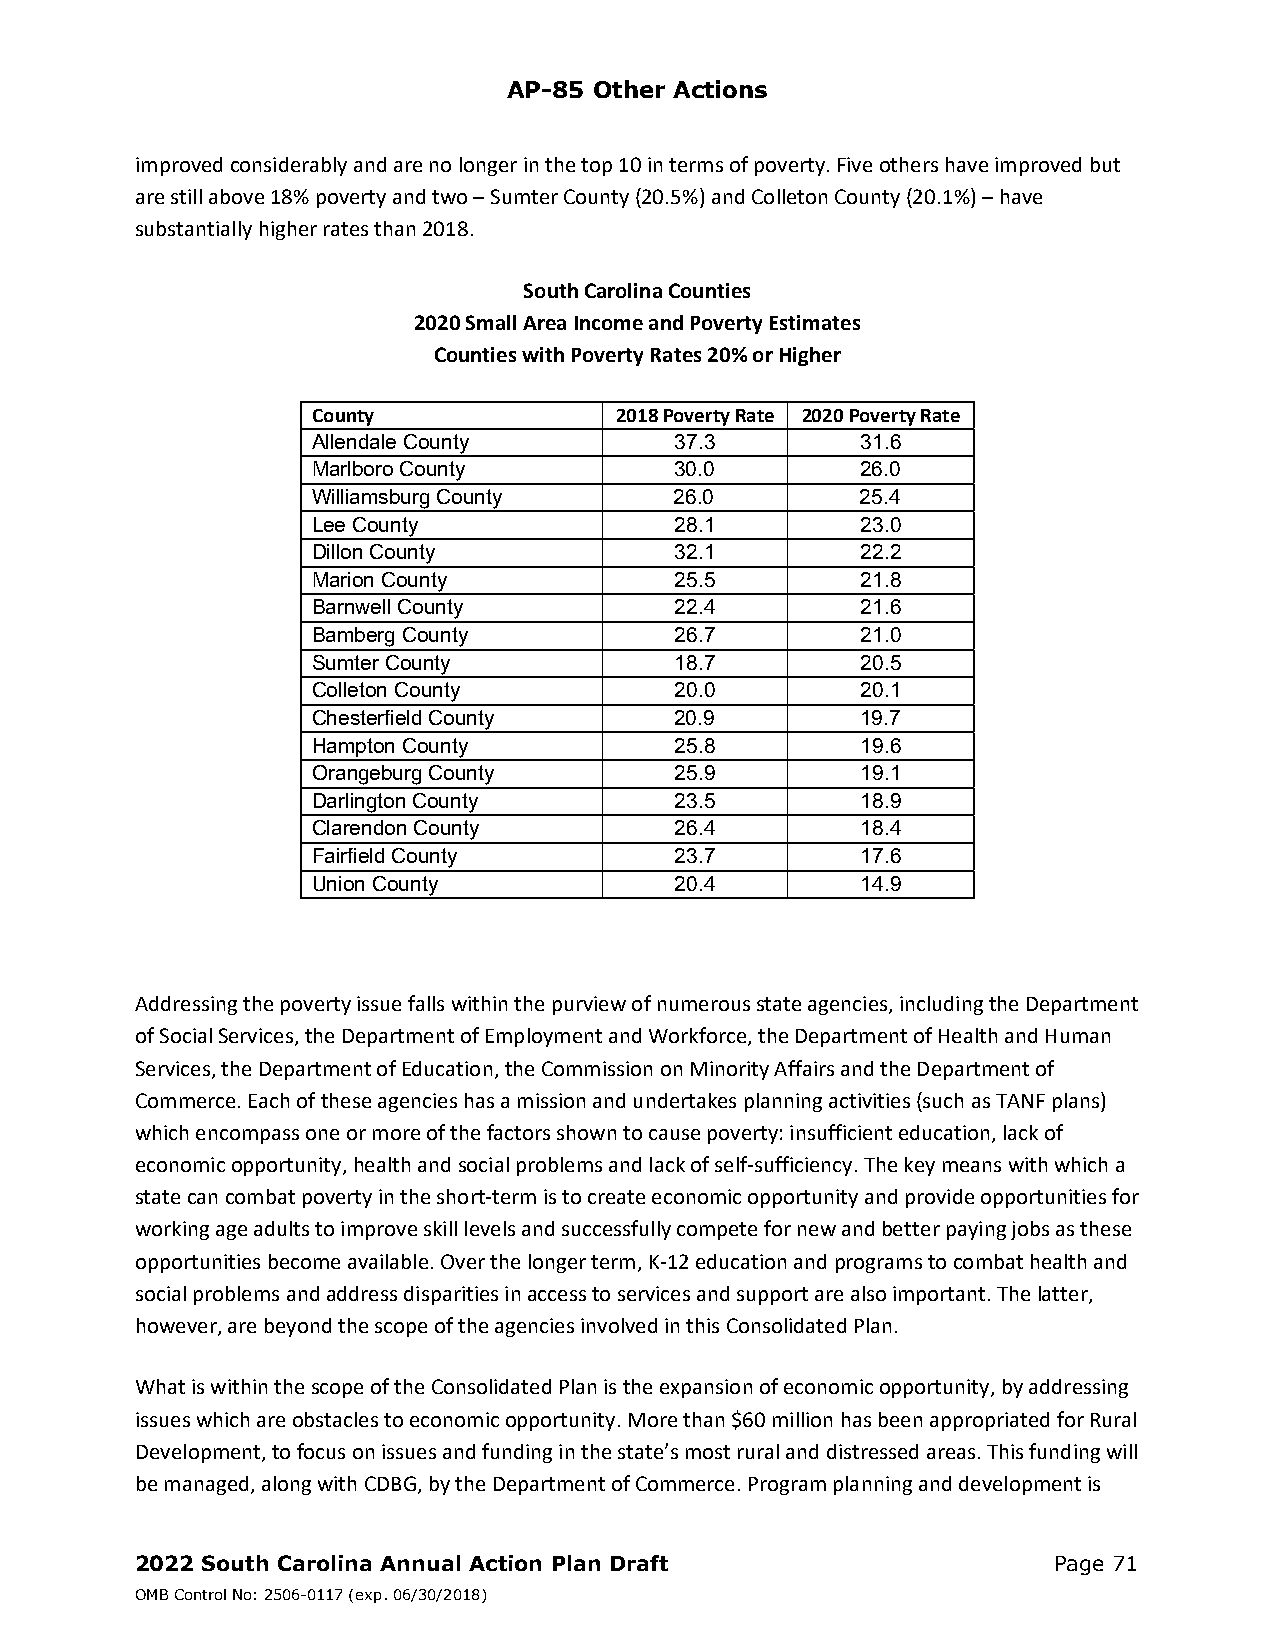
AP-85 Other Actions
 improved considerably and are no longer in the top 10 in terms of poverty. Five others have improved but
 are still above 18% poverty and two – Sumter County (20.5%) and Colleton County (20.1%) – have
 substantially higher rates than 2018.
 South Carolina Counties
 2020 Small Area Income and Poverty Estimates
 Counties with Poverty Rates 20% or Higher
 County              2018 Poverty Rate 2020 Poverty Rate
 Allendale County        37.3        31.6
 Marlboro County         30.0        26.0
 Williamsburg County     26.0        25.4
 Lee County              28.1        23.0
 Dillon County           32.1        22.2
 Marion County           25.5        21.8
 Barnwell County         22.4        21.6
 Bamberg County          26.7        21.0
 Sumter County           18.7        20.5
 Colleton County         20.0        20.1
 Chesterfield County     20.9        19.7
 Hampton County          25.8        19.6
 Orangeburg County       25.9        19.1
 Darlington County       23.5        18.9
 Clarendon County        26.4        18.4
 Fairfield County        23.7        17.6
 Union County            20.4        14.9
 Addressing the poverty issue falls within the purview of numerous state agencies, including the Department
 of Social Services, the Department of Employment and Workforce, the Department of Health and Human
 Services, the Department of Education, the Commission on Minority Affairs and the Department of
 Commerce. Each of these agencies has a mission and undertakes planning activities (such as TANF plans)
 which encompass one or more of the factors shown to cause poverty: insufficient education, lack of
 economic opportunity, health and social problems and lack of self‐sufficiency. The key means with which a
 state can combat poverty in the short‐term is to create economic opportunity and provide opportunities for
 working age adults to improve skill levels and successfully compete for new and better paying jobs as these
 opportunities become available. Over the longer term, K‐12 education and programs to combat health and
 social problems and address disparities in access to services and support are also important. The latter,
 however, are beyond the scope of the agencies involved in this Consolidated Plan.
 What is within the scope of the Consolidated Plan is the expansion of economic opportunity, by addressing
 issues which are obstacles to economic opportunity. More than $60 million has been appropriated for Rural
 Development, to focus on issues and funding in the state’s most rural and distressed areas. This funding will
 be managed, along with CDBG, by the Department of Commerce. Program planning and development is
 2022 South Carolina Annual Action Plan Draft                 Page 71
 OMB Control No: 2506-0117 (exp. 06/30/2018)